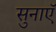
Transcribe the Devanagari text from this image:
सुनाएॅ